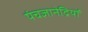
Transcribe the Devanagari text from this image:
पंचज्ञानेद्रियों